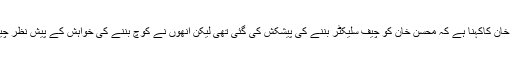
پاکستان کرکٹ بورڈ کے چیئرمین شہریار خان کاکہنا ہے کہ محسن خان کو چیف سلیکٹر بننے کی پیشکش کی گئی تھی لیکن انھوں نے کوچ بننے کی خواہش کے پیش نظر چیف سلیکٹر بننے کی پیشکش قبول نہیں کی۔